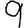
Digit: 9